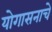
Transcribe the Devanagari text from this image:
योगासनाचे